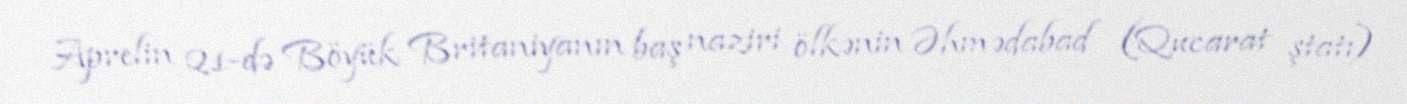
Aprelin 21-də Böyük Britaniyanın baş naziri ölkənin Əhmədabad (Qucarat ştatı)